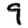
Digit: 9